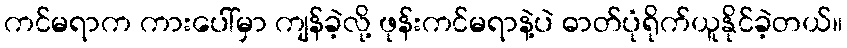
ကင်မရာက ကားပေါ်မှာ ကျန်ခဲ့လို့ ဖုန်းကင်မရာနဲ့ပဲ ဓာတ်ပုံရိုက်ယူနိုင်ခဲ့တယ်။